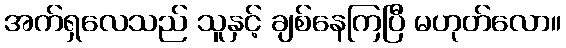
အက်ရှလေသည် သူနှင့် ချစ်နေကြပြီ မဟုတ်လော။